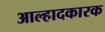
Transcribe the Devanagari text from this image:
आल्हादकारक